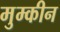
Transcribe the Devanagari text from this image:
मुम्कीन